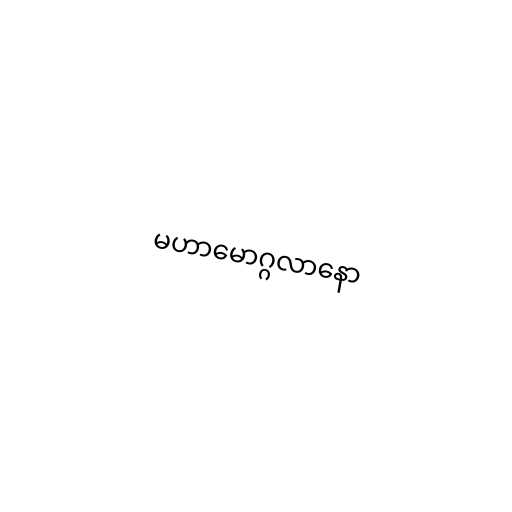
မဟာမောဂ္ဂလာနော